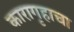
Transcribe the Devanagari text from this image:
कारागृहाचा